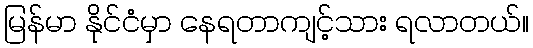
မြန်မာ နိုင်ငံမှာ နေရတာကျင့်သား ရလာတယ်။